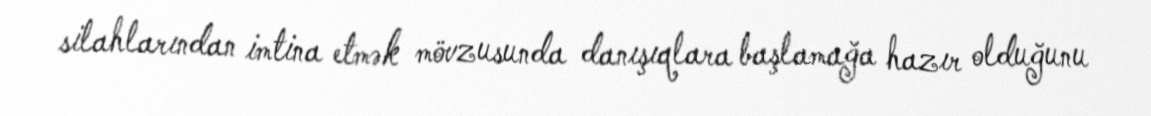
silahlarından imtina etmək mövzusunda danışıqlara başlamağa hazır olduğunu